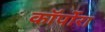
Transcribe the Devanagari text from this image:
कॉर्पोरा